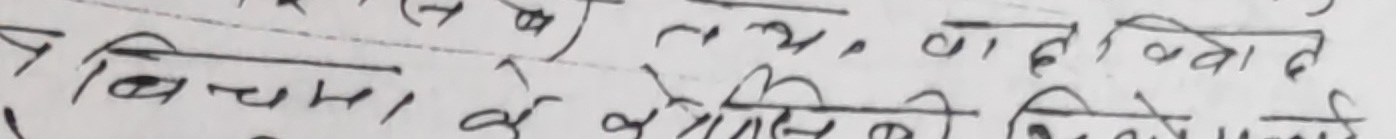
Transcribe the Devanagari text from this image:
तथा, वाढ
बिचमा केहिसे